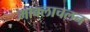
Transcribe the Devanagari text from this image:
माक्लाचलन